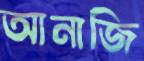
আনাজি